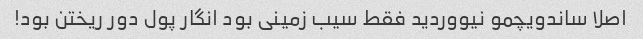
اصلا ساندویچمو نیووردید فقط سیب زمینی بود انگار پول دور ریختن بود!